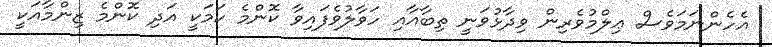
އެހެންނަމަވެސް ޢިލްމުވެރިން ވިދާޅުވަނީ ތިބާއާއި ހަވާލުވެފައިވާ ކޮންމެ ކަމަކީ އަދި ކޮންމެ ޒިންމާއަކީ